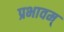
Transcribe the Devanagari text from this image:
प्रभावम्